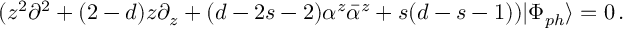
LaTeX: ( z ^ { 2 } \partial ^ { 2 } + ( 2 - d ) z \partial _ { z } + ( d - 2 s - 2 ) \alpha ^ { z } \bar { \alpha } ^ { z } + s ( d - s - 1 ) ) | \Phi _ { p h } \rangle = 0 \, .